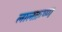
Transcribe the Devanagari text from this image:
लालक्रष्ण